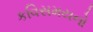
કવિસમયનો